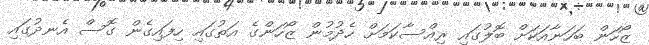
ޒޯހަން ބަހަނާއަކަށް ބޮލުގައި ރިއްސާކަމަށް ހެދުމުން ޒޯހަންގެ އަތުގައި ހިފައިގެން ގޮސް އެނދުގައި